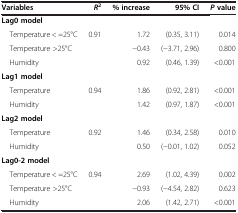
<table><thead><tr><td><b>Variables</b></td><td><b><i>R</i><sup>2</sup></b></td><td><b>% increase</b></td><td><b>95% CI</b></td><td><b><i>P </i>value</b></td></tr></thead><tbody><tr><td colspan="5"><b>Lag0 model</b></td></tr><tr><td> Temperature &lt; =25°C</td><td>0.91</td><td>1.72</td><td>(0.35, 3.11)</td><td>0.014</td></tr><tr><td> Temperature &gt;25°C</td><td> </td><td>-0.43</td><td>(-3.71, 2.96)</td><td>0.800</td></tr><tr><td> Humidity</td><td> </td><td>0.92</td><td>(0.46, 1.39)</td><td>&lt;0.001</td></tr><tr><td colspan="5"><b>Lag1 model</b></td></tr><tr><td> Temperature</td><td>0.94</td><td>1.86</td><td>(0.92, 2.81)</td><td>&lt;0.001</td></tr><tr><td> Humidity</td><td> </td><td>1.42</td><td>(0.97, 1.87)</td><td>&lt;0.001</td></tr><tr><td colspan="5"><b>Lag2 model</b></td></tr><tr><td> Temperature</td><td>0.92</td><td>1.46</td><td>(0.34, 2.58)</td><td>0.010</td></tr><tr><td> Humidity</td><td> </td><td>0.50</td><td>(-0.01, 1.02)</td><td>0.052</td></tr><tr><td colspan="5"><b>Lag0-2 model</b></td></tr><tr><td> Temperature &lt; =25°C</td><td>0.94</td><td>2.69</td><td>(1.02, 4.39)</td><td>0.002</td></tr><tr><td> Temperature &gt;25°C</td><td> </td><td>-0.93</td><td>(-4.54, 2.82)</td><td>0.623</td></tr><tr><td> Humidity</td><td> </td><td>2.06</td><td>(1.42, 2.71)</td><td>&lt;0.001</td></tr></tbody></table>